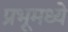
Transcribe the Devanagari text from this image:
प्रभूमध्ये